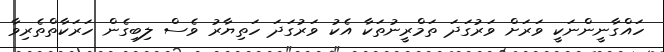
ހައްގާނީންނަކީ ވަރަށް ވަރުގަދަ ތަމްރީނުތަކާ އެކު ވަރުގަދަ ހަތިޔާރު ވެސް ލިބިގެން ހަރަކާތްތެރިވާ